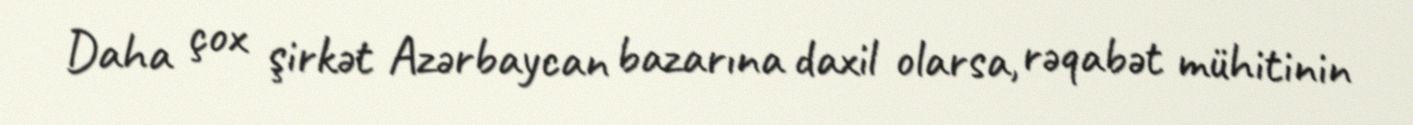
Daha çox şirkət Azərbaycan bazarına daxil olarsa, rəqabət mühitinin